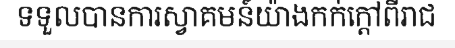
ទទួលបានការស្វាគមន៍យ៉ាងកក់ក្តៅពីរាជ